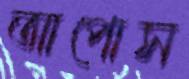
আপোস